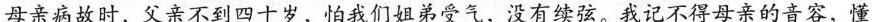
母亲病故时，父亲不到四十岁，怕我们姐弟受气，没有续弦。我记不得母亲的音容，懂